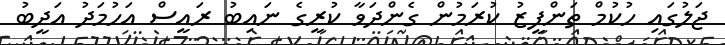
ޖަލުގައި ހުކުމް ތަންފީޒު ކުރަމުން ގެންދަވާ ކުރީގެ ނައިބު ރައީސް އަހުމަދު އަދީބު